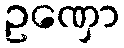
ဥဏှော